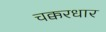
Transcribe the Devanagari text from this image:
चक्करधार